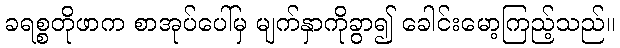
ခရစ္စတိုဖာက စာအုပ်ပေါ်မှ မျက်နှာကိုခွာ၍ ခေါင်းမော့ကြည့်သည်။